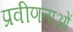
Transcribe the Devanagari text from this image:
प्रवीणताओं